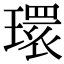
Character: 𤨔